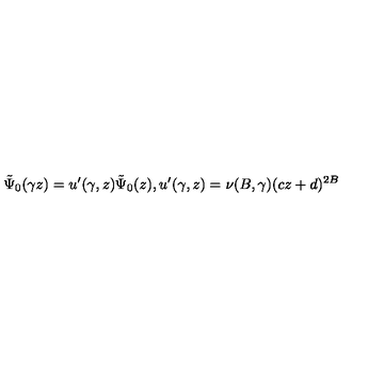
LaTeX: \tilde { \Psi } _ { 0 } ( \gamma z ) = u ^ { \prime } ( \gamma , z ) \tilde { \Psi } _ { 0 } ( z ) , u ^ { \prime } ( \gamma , z ) = \nu ( B , \gamma ) ( c z + d ) ^ { 2 B }